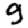
Digit: 9